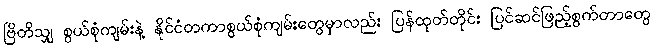
ဗြိတိသျှ စွယ်စုံကျမ်းနဲ့ နိုင်ငံတကာစွယ်စုံကျမ်းတွေမှာလည်း ပြန်ထုတ်တိုင်း ပြင်ဆင်ဖြည့်စွက်တာတွေ